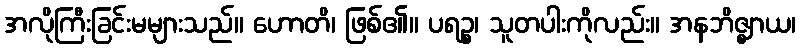
အလိုကြီးခြင်းမများသည်။ ဟောတိ၊ ဖြစ်၏။ ပရဉ္စ၊ သူတပါးကိုလည်း။ အနဘိဇ္ဈာယ၊